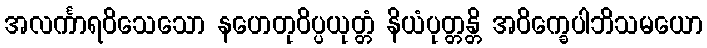
အလင်္ကာရဝိသေသော နဟေတုဝိပ္ပယုတ္တံ နိယံပုတ္တန္တိ အဝိက္ခေပါဘိသမယော